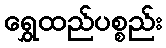
ရွှေထည်ပစ္စည်း